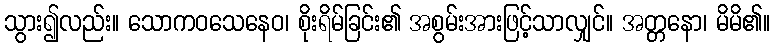
သွား၍လည်း။ သောကဝသေနေဝ၊ စိုးရိမ်ခြင်း၏ အစွမ်းအားဖြင့်သာလျှင်။ အတ္တနော၊ မိမိ၏။